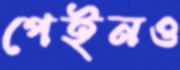
পেইনও